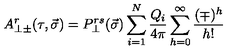
A _ { \perp \pm } ^ { r } ( \tau , \vec { \sigma } ) = P _ { \perp } ^ { r s } ( \vec { \sigma } ) \sum _ { i = 1 } ^ { N } \frac { Q _ { i } } { 4 \pi } \sum _ { h = 0 } ^ { \infty } \frac { ( \mp ) ^ { h } } { h ! }